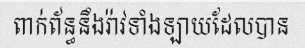
ពាក់ព័ន្ធនឹងរ៉ាវទាំងឡាយដែលបាន